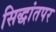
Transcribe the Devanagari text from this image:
सिद्धांतपर